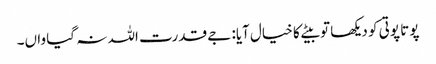
پوتا پوتی کو دیکھا تو بیٹے کا خیال آیا: جے قدرت اللہ نہ گیا واں۔